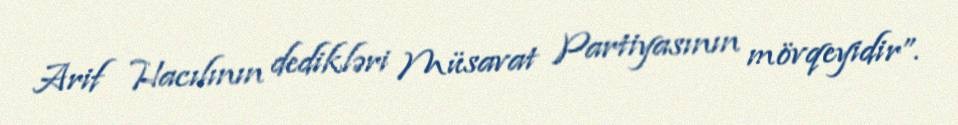
Arif Hacılının dedikləri Müsavat Partiyasının mövqeyidir”.